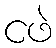
ငဖဲ